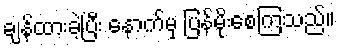
ချန်ထားခဲ့ပြီး နောက်မှ ပြန်မိုးစေကြသည်။